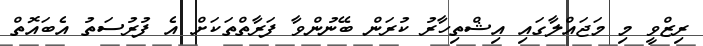
ރިޒްވީ މި މަޖައްލާގައި އިޝްތިހާރު ކުރަން ބޭނުންވާ ފަރާތްތަކަށް އެ ފުރުސަތު އެބައޮތް